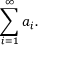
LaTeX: \sum _ { i = 1 } ^ { \infty } a _ { i } .